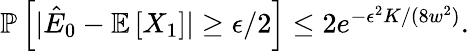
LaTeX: \begin{array}{r}{\mathbb{P}\left[|\hat{E}_{0}-\mathbb{E}\left[X_{1}\right]|\ge\epsilon/2\right]\le 2e^{-\epsilon^{2}K/(8w^{2})}.}\end{array}